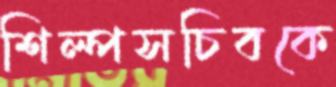
শিল্পসচিবকে